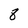
Character: 8